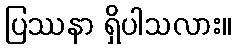
ပြဿနာ ရှိပါသလား။